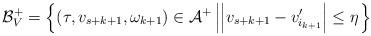
LaTeX: \begin{align*}\mathcal{B}^+_V = \left\{ \left( \tau,v_{s+k+1},\omega_{k+1}\right)\in\mathcal{A}^+ \left| \left|v_{s+k+1}-v_{i_{k+1}}^\prime\right|\leq \eta\right.\right\}\end{align*}